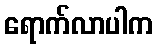
ရောက်လာပါက